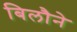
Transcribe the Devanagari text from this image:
बिलौने